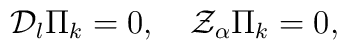
{\cal D}_l \Pi_k = 0 , \quad {\cal Z}_\alpha \Pi_k = 0,